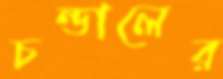
চন্ডালের